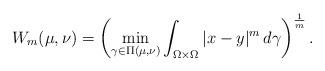
LaTeX: \begin{align*}W_m(\mu,\nu)=\left(\min_{\gamma\in\Pi(\mu,\nu)}\int_{\Omega\times\Omega} |x-y|^m\,d\gamma\right)^\frac{1}{m}.\end{align*}